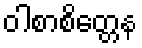
ဝါစာစိတ္တေန